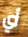
أي